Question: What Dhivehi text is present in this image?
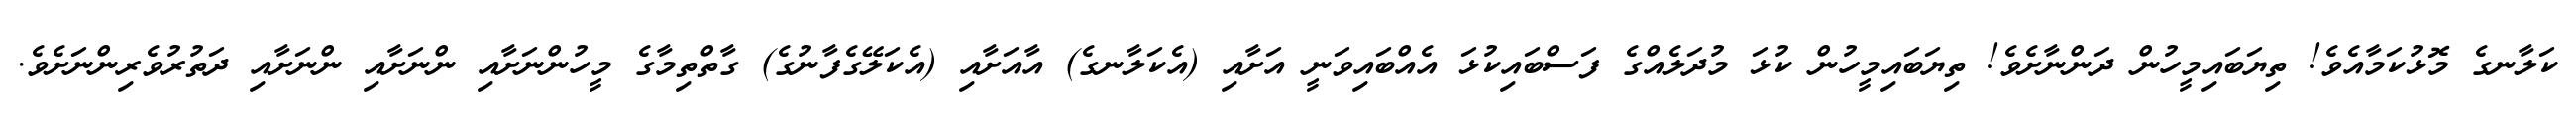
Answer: ކަލާނގެ މޮޅުކަމާއެވެ! ތިޔަބައިމީހުން ދަންނާށެވެ! ތިޔަބައިމީހުން ކުޅަ މުދަލެއްގެ ފަސްބައިކުޅަ އެއްބައިވަނީ އަށާއި (އެކަލާނގެ) އާއަށާއި (އެކަލޭގެފާނުގެ) ގާތްތިމާގެ މީހުންނަށާއި ންނަށާއި ންނަށާއި ދަތުރުވެރިންނަށެވެ.